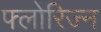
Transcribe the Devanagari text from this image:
फ्लोरिज्न